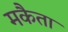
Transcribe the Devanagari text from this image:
मकैता